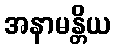
အနာမန္တိယ